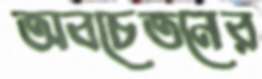
অবচেতনের